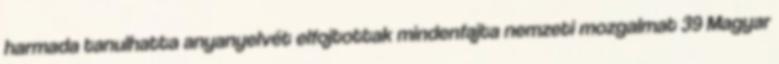
harmada tanulhatta anyanyelvét elfojtottak mindenfajta nemzeti mozgalmat 39 Magyar